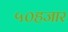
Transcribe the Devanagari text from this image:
५०हजार